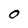
Character: O